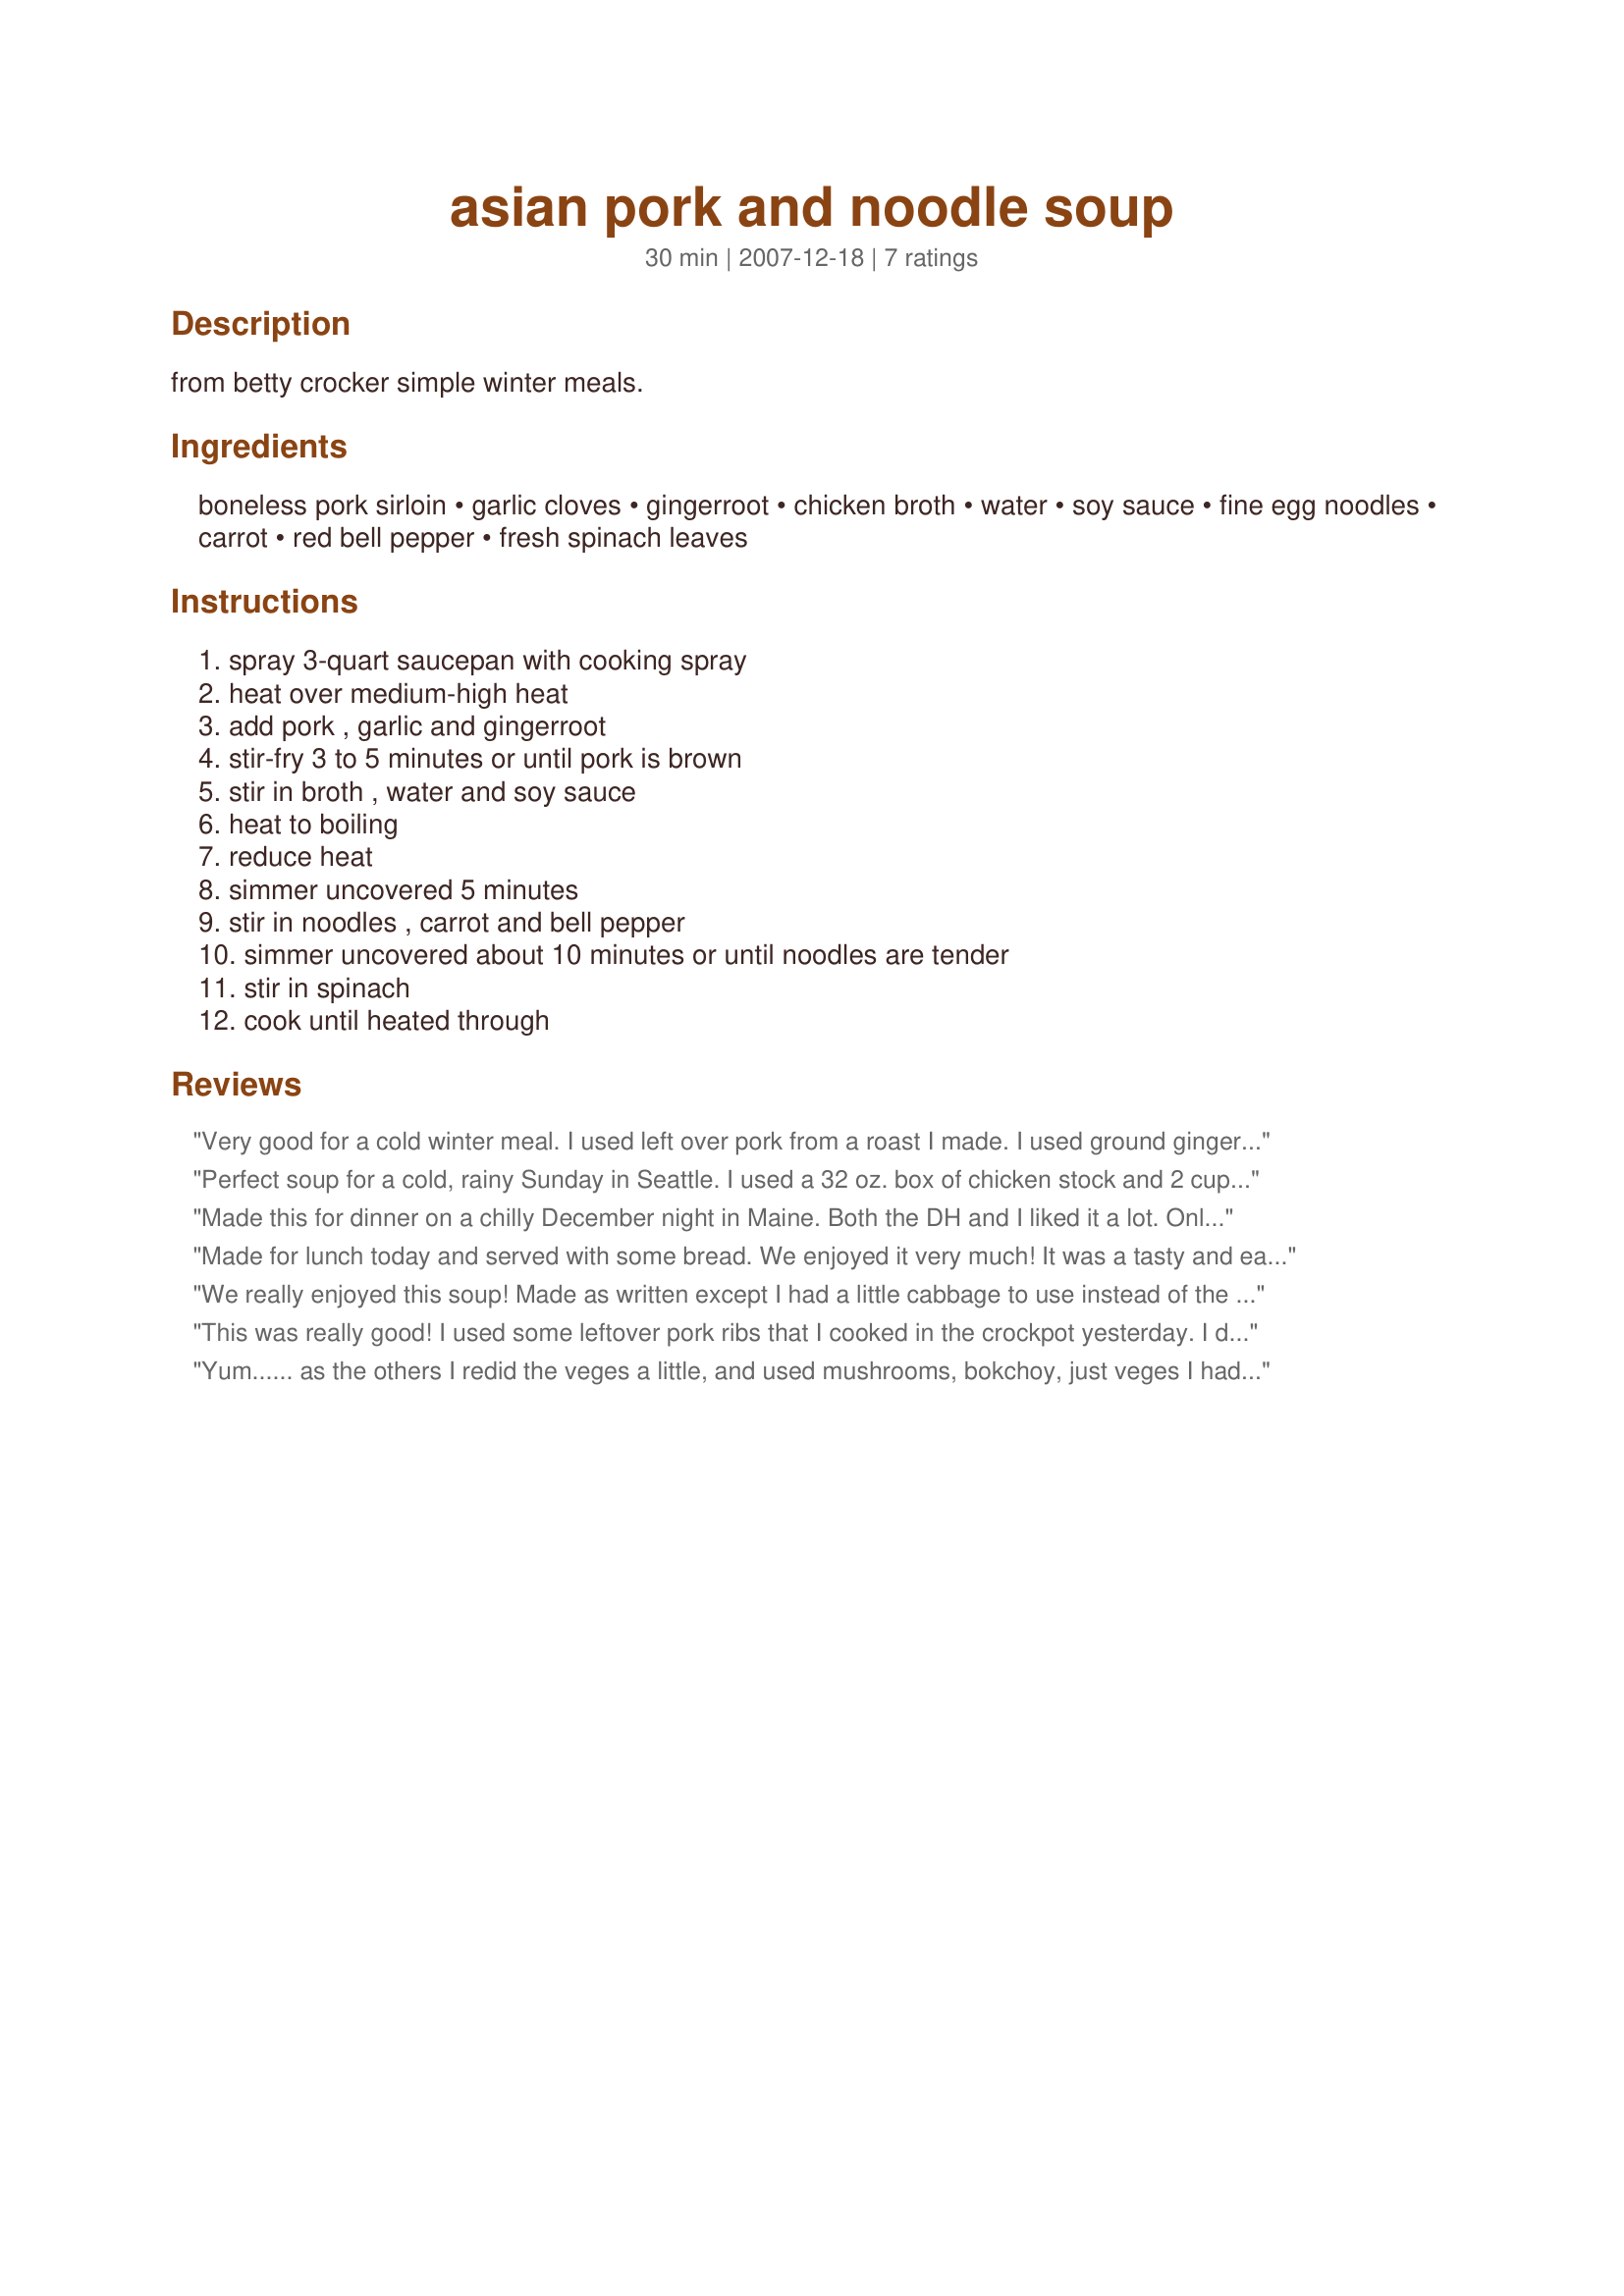
asian pork and noodle soup
Preparation time: 30 minutes

from betty crocker simple winter meals.

Ingredients:
boneless pork sirloin, garlic cloves, gingerroot, chicken broth, water, soy sauce, fine egg noodles, carrot, red bell pepper, fresh spinach leaves

Steps:
spray 3-quart saucepan with cooking spray, heat over medium-high heat, add pork , garlic and gingerroot, stir-fry 3 to 5 minutes or until pork is brown, stir in broth , water and soy sauce, heat to boiling, reduce heat, simmer uncovered 5 minutes, stir in noodles , carrot and bell pepper, simmer uncovered about 10 minutes or until noodles are tender, stir in spinach, cook until heated through

Reviews:
Very good for a cold winter meal. I used left over pork from a roast I made. I used ground ginger (a couple good shakes) and baby Bok Choy and some of the leaves instead of spinach. Very tasty. Made for Zaar Chef Alphabet Soup.
Perfect soup for a cold, rainy Sunday in Seattle. I used a 32 oz. box of chicken stock and 2 cups of water for the broth. I also increased the carrot and spinach since I omitted the bell pepper. (I'm not a fan of them cooked.) Two tablespoons of chili garlic sauce gave this soup the kick we were looking for. Thanks for sharing! ***Made for Fall PAC 2012***
Made this for dinner on a chilly December night in Maine. Both the DH and I liked it a lot. Only quibble is that I couldn't taste the ginger as much as I would have liked -- think I'll add a little more next time. Otherwise delicious, and easy too; it definitely goes into the rotation!
Made for lunch today and served with some bread. We enjoyed it very much! It was a tasty and easy soup to make and one I will make again...I am sure left over pork or even chicken would work well also. Thank you. Made for My-3-Chefs Nov. 2009.
We really enjoyed this soup! Made as written except I had a little cabbage to use instead of the spinach. Loved that it uses common ingredients but satisfies that Asian food craving. It also seems very adaptable as far as protein and veggies.
This was really good! I used some leftover pork ribs that I cooked in the crockpot yesterday. I didn't have any fresh ginger, so I just used a shake or two of ground ginger. I tasted the broth after the first step and it was awesome! The addition of the other ingredients (red pepper, carrot, noodles) kinda changed the flavor for me so it wasn't as good as at first, so next time I will probably cook the noodles separately, and stir fry the carrot and pepper separately and then just add it all back to the broth at the end so the veggies will be a little bit crunchy. I used ramen noodles cause that's what I had --but next time I either won't use ramen or else I will cook them separately and drain so the starch comes off and doesn't soak up all the broth or make it too thick. I also used frozen broccoli instead of spinach, and I thought that was perfect.
Yum...... as the others I redid the veges a little, and used mushrooms, bokchoy, just veges I had to use before they went too manky in the fridge. Used rinsed rice noodles because that&#039;s what i had. Very nice, will make again. Thank you for posting.
